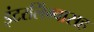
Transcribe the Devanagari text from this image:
इंटरलिंग्वासह